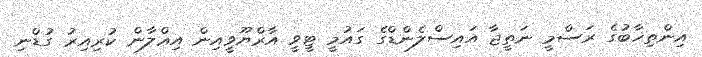
އިންތިޚާބުގެ ރަސްމީ ނަތީޖާ އައިސްލެންޑްގެ ގައުމީ ޓީވީ އާރްޔޫވީއިން އިޢްލާން ކުރިއިރު ގުޑްނި